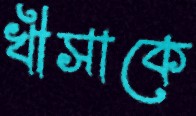
খীসাকে